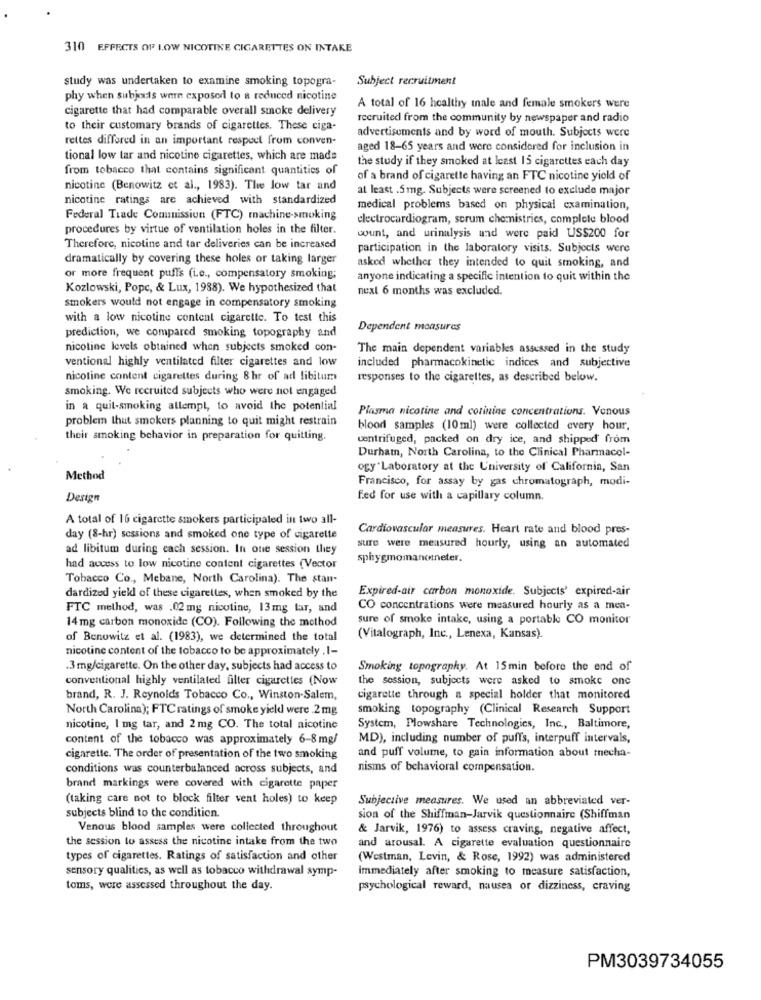
310 EFFECTS OF LOW NICOTINE CIGARETTES ON INTAKE
study was undertaken to examine smoking topogra-
Subject recruitment
phy when subjeads wern exposed to a reduced nicotine
cigarette that had comparable overall smoke delivery
A total of 16 healthy inale and female smokers were
recruited from the community by newspaper and radio
to their customary brands of cigarettes. These ciga-
rettes differed in an important respect from conven-
advertisements and by word of mouth. Subjects were
aged 18-65 years and were considered for inclusion in
tional low tar and nicotine cigarettes, which are made
the study if they smoked at least 15 cigarettes each day
from tobacco that contains significant quantities of
of a brand of cigarette having an FTC nicotine yield of
nicotine (Benowitz et al ., 1983). The low tar and
at least .5mg. Subjects were screened to exclude major
nicotine ratings are achieved with standardized
medical problems based on physical examination,
Federal Trade Commission (FTC) machine-smoking
electrocardiogram, scrum chemnistries, complete blood
procedures by virtue of ventilation holes in the filter.
count, and urinalysis and were paid US$200 for
Therefore, nicotine and tar deliveries can be increased
participation in the laboratory visits. Subjects were
dramatically by covering these holes or taking larger
asked whether they intended to quit smoking, and
or more frequent puffs (Le ., compensatory smoking;
anyone indicating a specific intention to quit within the
Kozlowski, Popc, & Lux, 1988). We hypothesized that
next 6 months was excluded.
smokers would not engage in compensatory smoking
with a low nicotine content cigarette. To test this
Dependent measures
prediction, we compared smoking topography and
nicotine levels obtained when subjects smoked con-
The main dependent variables assessed in the study
ventional highly ventilated filter cigarettes and low
included pharmacokinetic indices and subjective
nicotine content cigarettes during 8 hr of ad libitum
responses to the cigarettes, as described below.
smoking. We recruited subjects who were not engaged
in a quit-smoking allempl, to avoid the potential
Plasma nicotine and corinine concentrations. Venous
problem that smokers planning to quit might restrain
blood samples (10ml) were collected every hour,
their smoking behavior in preparation for quitting.
centrifuged, packed on dry ice, and shipped from
Durham, North Carolina, to the Clinical Pharmacol-
ogy Laboratory at the University of California, San
Method
Francisco, for assay by gas chromatograph, modi-
Design
fed for use with a capillary column.
A total of 16 cigarette smokers participated in two all-
Cardiovascular measures. Heart rate and blood pres-
day (8-hr) sessions and smoked one type of cigarette
ad libitum during each session. In one session they
sure were measured hourly, using an automated
sphygmomanometer.
had access to low nicotine content cigarettes (Vector
Tobacco Co ., Mebane, North Carolina). The stan-
Expired-air carbon monoxide. Subjects' expired-air
dardized yield of these cigarettex, when smoked by the
FTC method, was .02 mg nicotine, 13mg tar, and
CO concentrations were measured hourly as a men-
14 mg carbon monoxide (CO). Following the method
sure of smoke intake, using a portable CO monitor
of Benowitz et al. (1983), we determined the total
(Vitalograph, Inc ., Lenexa, Kansas).
nicotine content of the tobacco to be approximately . I-
.3 mg/cigarette. On the other day, subjects had access to
Smoking topography. At 15min before the end of
conventional highly ventilated filter cigarettes (Now
the session, subjects were asked to smoke onc
brand, R. J. Reynolds Tobacco Co ., Winston-Salem,
cigarette through a special holder that monitored
North Carolina); FTC ratings of smoke yield were .2 mg
smoking topography (Clinical Research Support
nicotine, I mg tar, and 2 mg CO. The total nicotine
System, Plowshare Technologies, Inc ., Baltimore,
content of the tobacco was approximately 6-8mg/
MD), including number of puffs, interpuff intervals,
and puff volume, to gain information about mnecha-
cigarette. The order of presentation of the two smoking
conditions was counterbalanced across subjects, and
nisms of behavioral compensation.
brand markings were covered with cigarette paper
(taking care not to block filter vent holes) to keep
Subjective measures. We used an abbreviated ver-
subjects blind to the condition.
sion of the Shiffman-Jarvik questionnaire (Shiffman
Venous blood samples were collected throughout
& Jarvik, 1976) to assess craving, negative affect,
the session to assess the nicotine intake from the two
and arousal. A cigarette evaluation questionnaire
types of cigarettes. Ratings of satisfaction and other
(Westman, Levin, & Rose, 1992) was administered
sensory qualities, as well as tobacco withdrawal symp-
immediately after smoking to measure satisfaction,
toms, were assessed throughout the day.
psychological reward, nausea or dizziness, craving
PM3039734055